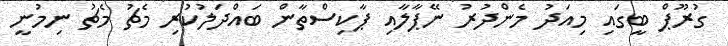
ގުރޫޕް ބީގައި މިއަދު މެންދުރު ނޭޕާލާއި ޕާކިސްތާން ބައްދަލުކުރި މެޗު މެޗު ނިމުނީ